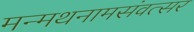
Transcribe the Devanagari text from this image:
मन्मथनामसंवत्सर